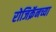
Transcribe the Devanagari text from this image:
रोजिक्रॅनच्या